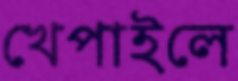
খেপাইলে